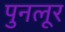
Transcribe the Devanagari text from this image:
पुनलूर